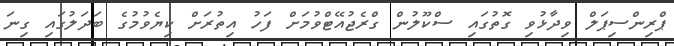
ޕްރިންސިޕަލް ވިދާޅުވި ގޮތުގައި ސްކޫލުން ގްރެޖުއޭޓްވުމަށް ފަހު އިތުރަށް ކިޔެވުމުގެ ބަދަލުގައި ގިނަ